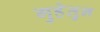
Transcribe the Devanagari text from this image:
गुहेतुन